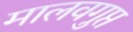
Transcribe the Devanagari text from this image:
मालवगुप्त